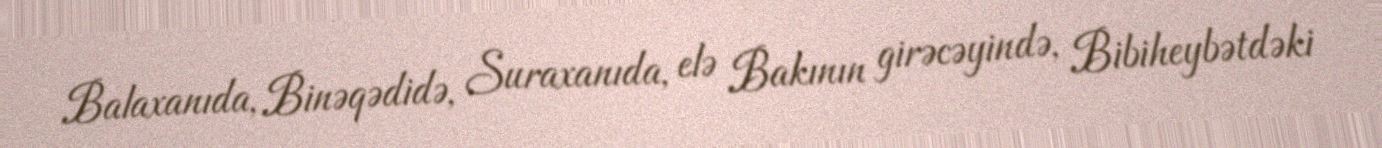
Balaxanıda, Binəqədidə, Suraxanıda, elə Bakının girəcəyində, Bibiheybətdəki